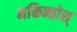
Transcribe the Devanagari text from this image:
मकिन्तोश्